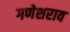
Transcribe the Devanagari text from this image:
गणेशराव